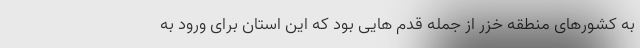
به کشورهای منطقه خزر از جمله قدم هایی بود که این استان برای ورود به